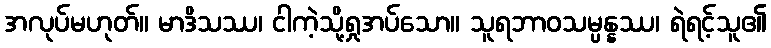
အလုပ်မဟုတ်။ မာဒိသဿ၊ ငါကဲ့သို့ရှုအပ်သော။ သူရဘာဝသမ္ပန္နဿ၊ ရဲရင့်သူ၏